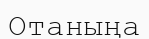
Отаныңа